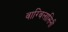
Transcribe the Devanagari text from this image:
वाग्विलासिनी